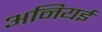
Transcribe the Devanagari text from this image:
अनियई